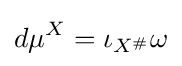
d\mu ^{X}=\iota _{X^{\#}}\omega